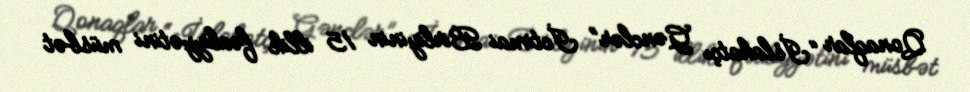
Qonaqlar “İslahatçı Gənclər” İctimai Birliyinin 15 illik fəaliyyətini müsbət